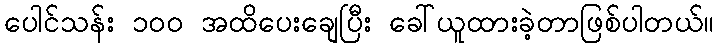
ပေါင်သန်း ၁၀၀ အထိပေးချေပြီး ခေါ်ယူထားခဲ့တာဖြစ်ပါတယ်။